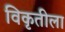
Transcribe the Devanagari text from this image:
विकृतीला